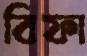
বিফা